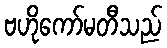
ဗဟိုကော်မတီသည်